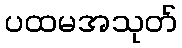
ပထမအသုတ်